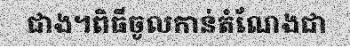
ជាង។ពិធីចូលកាន់តំណែងជា